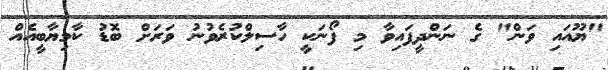
"ޔޫއައި ވަން" ގެ ނަންދީފައިވާ މި ފޯނަކީ ހާސިލްކުރެވުނު ވަރަށް ބޮޑު ކާމިޔާބީއެއް